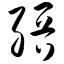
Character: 缙